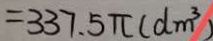
= 3 3 7 . 5 \pi ( d m ^ { 3 } )